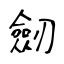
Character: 劒